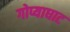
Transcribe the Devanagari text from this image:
गोप्याघाट